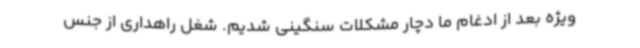
ویژه بعد از ادغام ما دچار مشکلات سنگینی شدیم. شغل راهداری از جنس